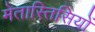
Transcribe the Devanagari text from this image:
मेतास्तिसियों